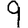
Digit: 9